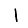
Digit: 1